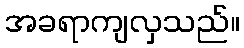
အခရာကျလှသည်။